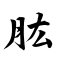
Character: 肱